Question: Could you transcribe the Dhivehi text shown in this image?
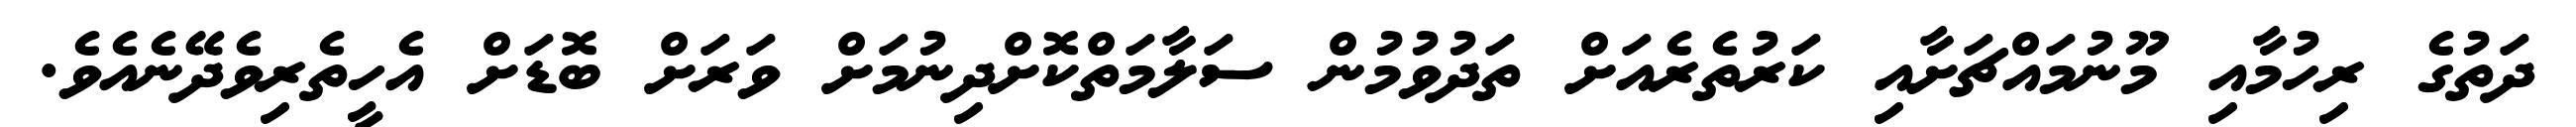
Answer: ދަތުގެ ރިހުމާއި މޫނުމައްޗަށާއި ކަރުތެރެއަށް ތަދުވުމުން ސަލާމަތްކޮށްދިނުމަށް ވަރަށް ބޮޑަށް އެހީތެރިވެދޭނެއެވެ.